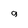
Character: 9